Lunatic asylums in Bengal annual reports 1888-1898 - 1888-1898
Year: 1888
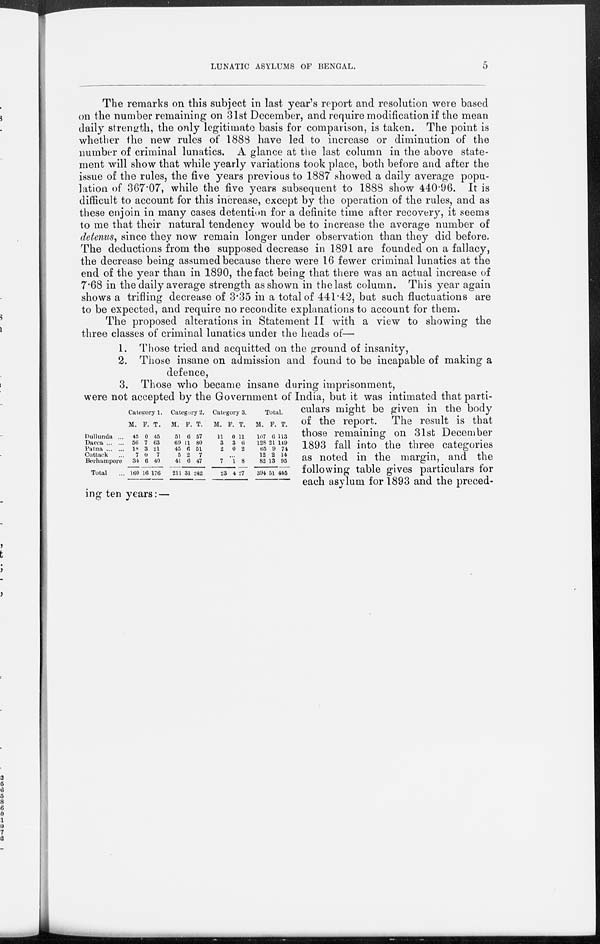
LUNATIC ASYLUMS OF BENGAL.
5
The remarks on this subject in last year's report and resolution were based
on the number remaining on 31st December, and require modification if the mean
daily strength, the only legitimate basis for comparison, is taken. The point is
whether the new rules of 1888 have led to increase or diminution of the
number of criminal lunatics. A glance at the last column in the above state-
ment will show that while yearly variations took place, both before and after the
issue of the rules, the five years previous to 1887 showed a daily average popu-
lation of 367.07, while the five years subsequent to 1888 show 440.96. It is
difficult to account for this increase, except by the operation of the rules, and as
these enjoin in many cases detention for a definite time after recovery, it seems
to me that their natural tendency would be to increase the average number of
detenus, since they now remain longer under observation than they did before.
The deductions from the supposed decrease in 1891 are founded on a fallacy,
the decrease being assumed because there were 16 fewer criminal lunatics at the
end of the year than in 1890, the fact being that there was an actual increase of
7.68 in the daily average strength as shown in the last column. This year again
shows a trifling decrease of 3.35 in a total of 441.42, but such fluctuations are
to be expected, and require no recondite explanations to account for them.
The proposed alterations in Statement II with a view to showing the
three classes of criminal lunatics under the heads of—
Dullunda ...
Dacca ... ...
Patna ... ...
Cuttack ...
Berhampore
Total ...
Category 1.
M.
45
56
18
7
34
160
F.
0
7
3
0
6
16
T.
45
63
21
7
40
176
Category 2.
M.
51
69
45
5
41
211
F.
6
11
6
2
6
31
T.
57
80
51
7
47
242
Category 3.
M.
11
3
2
F.
0
3
0
T.
11
6
2
...
7
23
1
4
8
27
Total.
M.
107
128
65
12
82
394
F.
6
21
9
2
13
51
T.
113
149
74
14
95
445
1. Those tried and acquitted on the ground of insanity,
2. Those insane on admission and found to be incapable of making a
defence,
3. Those who became insane during imprisonment,
were not accepted by the Government of India, but it was intimated that parti-
culars might be given in the body
of the report. The result is that
those remaining on 31st December
1893 fall into the three categories
as noted in the margin, and the
following table gives particulars for
each asylum for 1893 and the preced-
ing ten years: —